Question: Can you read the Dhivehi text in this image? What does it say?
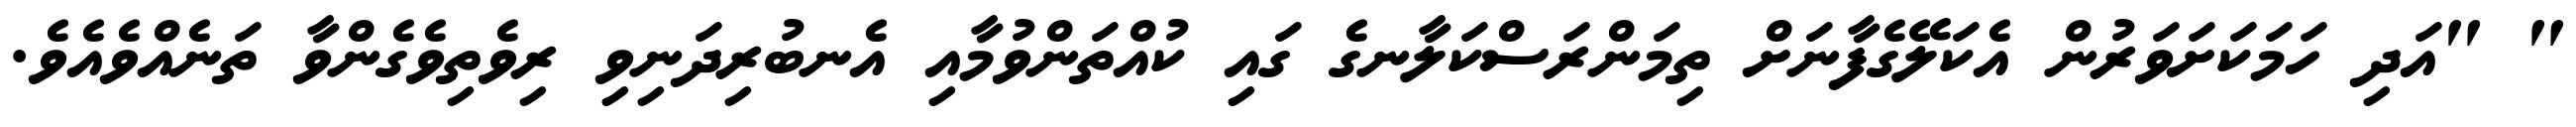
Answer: " "އަދި ހަމަކަށަވަރުން އެކަލޭގެފާނަށް ތިމަންރަސްކަލާނގެ ގައި ކުއްތަންވުމާއި އެނބުރިދަނިވި ރިވެތިވެގެންވާ ތަނެއްވެއެވެ.